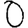
Digit: 0